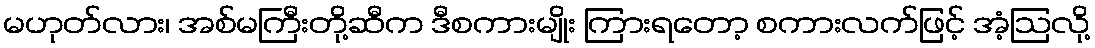
မဟုတ်လား၊ အစ်မကြီးတို့ဆီက ဒီစကားမျိုး ကြားရတော့ စကားလက်ဖြင့် အံ့ဩလို့